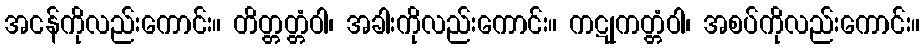
အငန်ကိုလည်းကောင်း။ တိတ္တတ္တံဝါ၊ အခါးကိုလည်းကောင်း။ ကဋုကတ္တံဝါ၊ အစပ်ကိုလည်းကောင်း။